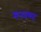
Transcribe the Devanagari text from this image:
मनवम्मा